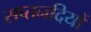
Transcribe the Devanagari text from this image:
सप्तनदियों